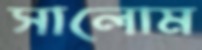
সালোম